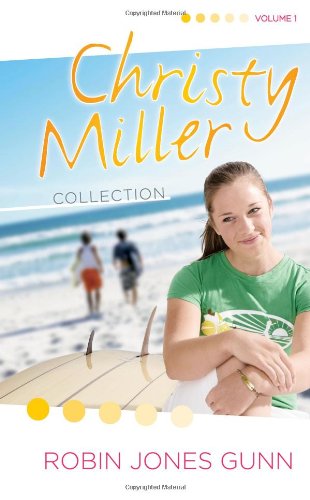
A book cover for The Christy Miller Collection, Vol. 1 (Summer Promise / A Whisper and a Wish / Yours Forever); Robin Jones Gunn; Teen & Young Adult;